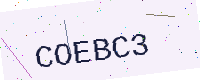
Text: COEBC3